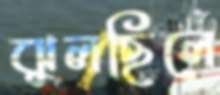
ঝুলছিলে